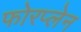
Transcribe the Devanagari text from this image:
फोरप्लेन